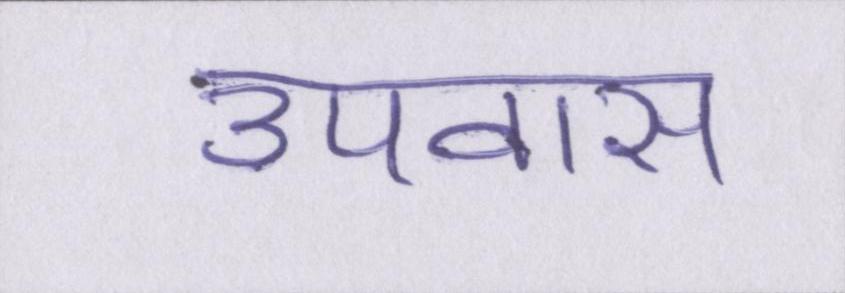
उपवास